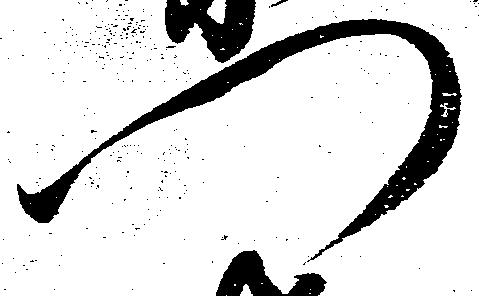
門